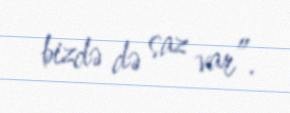
bizdə də saz var”.